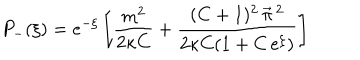
LaTeX: P _ { - } ( \xi ) = e ^ { - \xi } \left[ \frac { m ^ { 2 } } { 2 \kappa C } + \frac { ( C + 1 ) ^ { 2 } \, \vec { \pi } \, { } ^ { 2 } } { 2 \kappa C ( 1 + C \, e ^ { \xi } ) } \right]